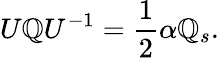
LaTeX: U{\cal\mathbb{Q}}U^{-1}={\frac{{1}}{{2}}}\alpha{\cal\mathbb{Q}}_{s}.